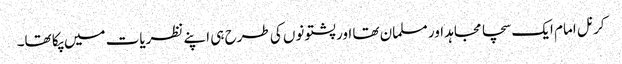
کرنل امام ایک سچا مجاہد اور مسلمان تھا اور پشتونوں کی طرح ہی اپنے نظریات میں پکا تھا۔